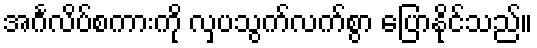
အင်္ဂလိပ်စကားကို လှပသွက်လက်စွာ ပြောနိုင်သည်။